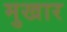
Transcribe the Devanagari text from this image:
मुखार